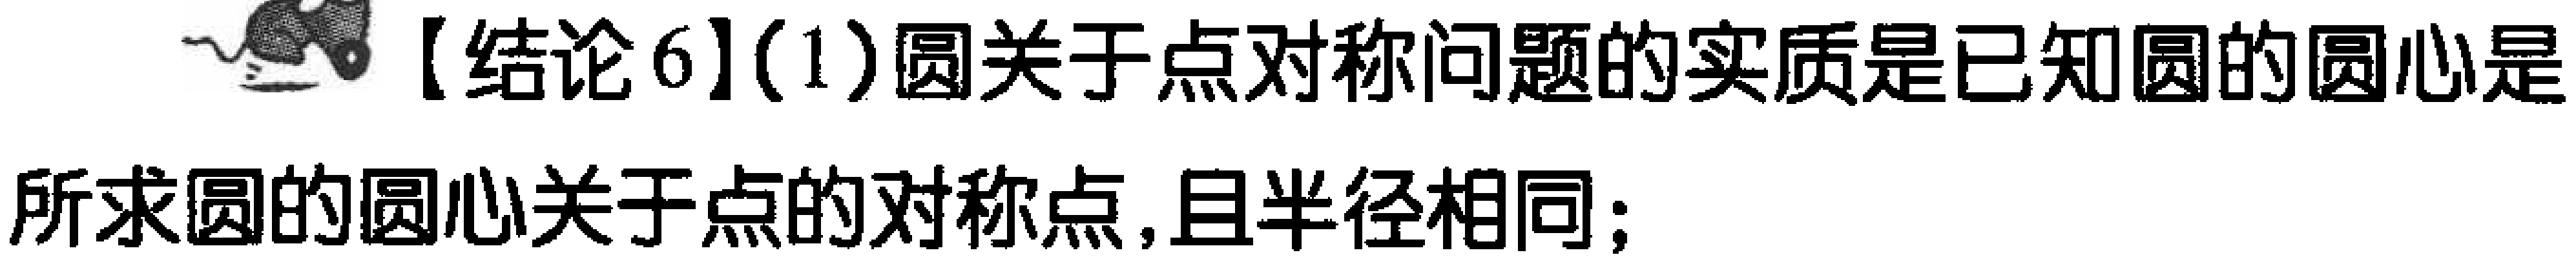
【结论6】(1)圆关于点对称问题的实质是已知圆的圆心是所求圆的圆心关于点的对称点,且半径相同;